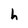
Character: h